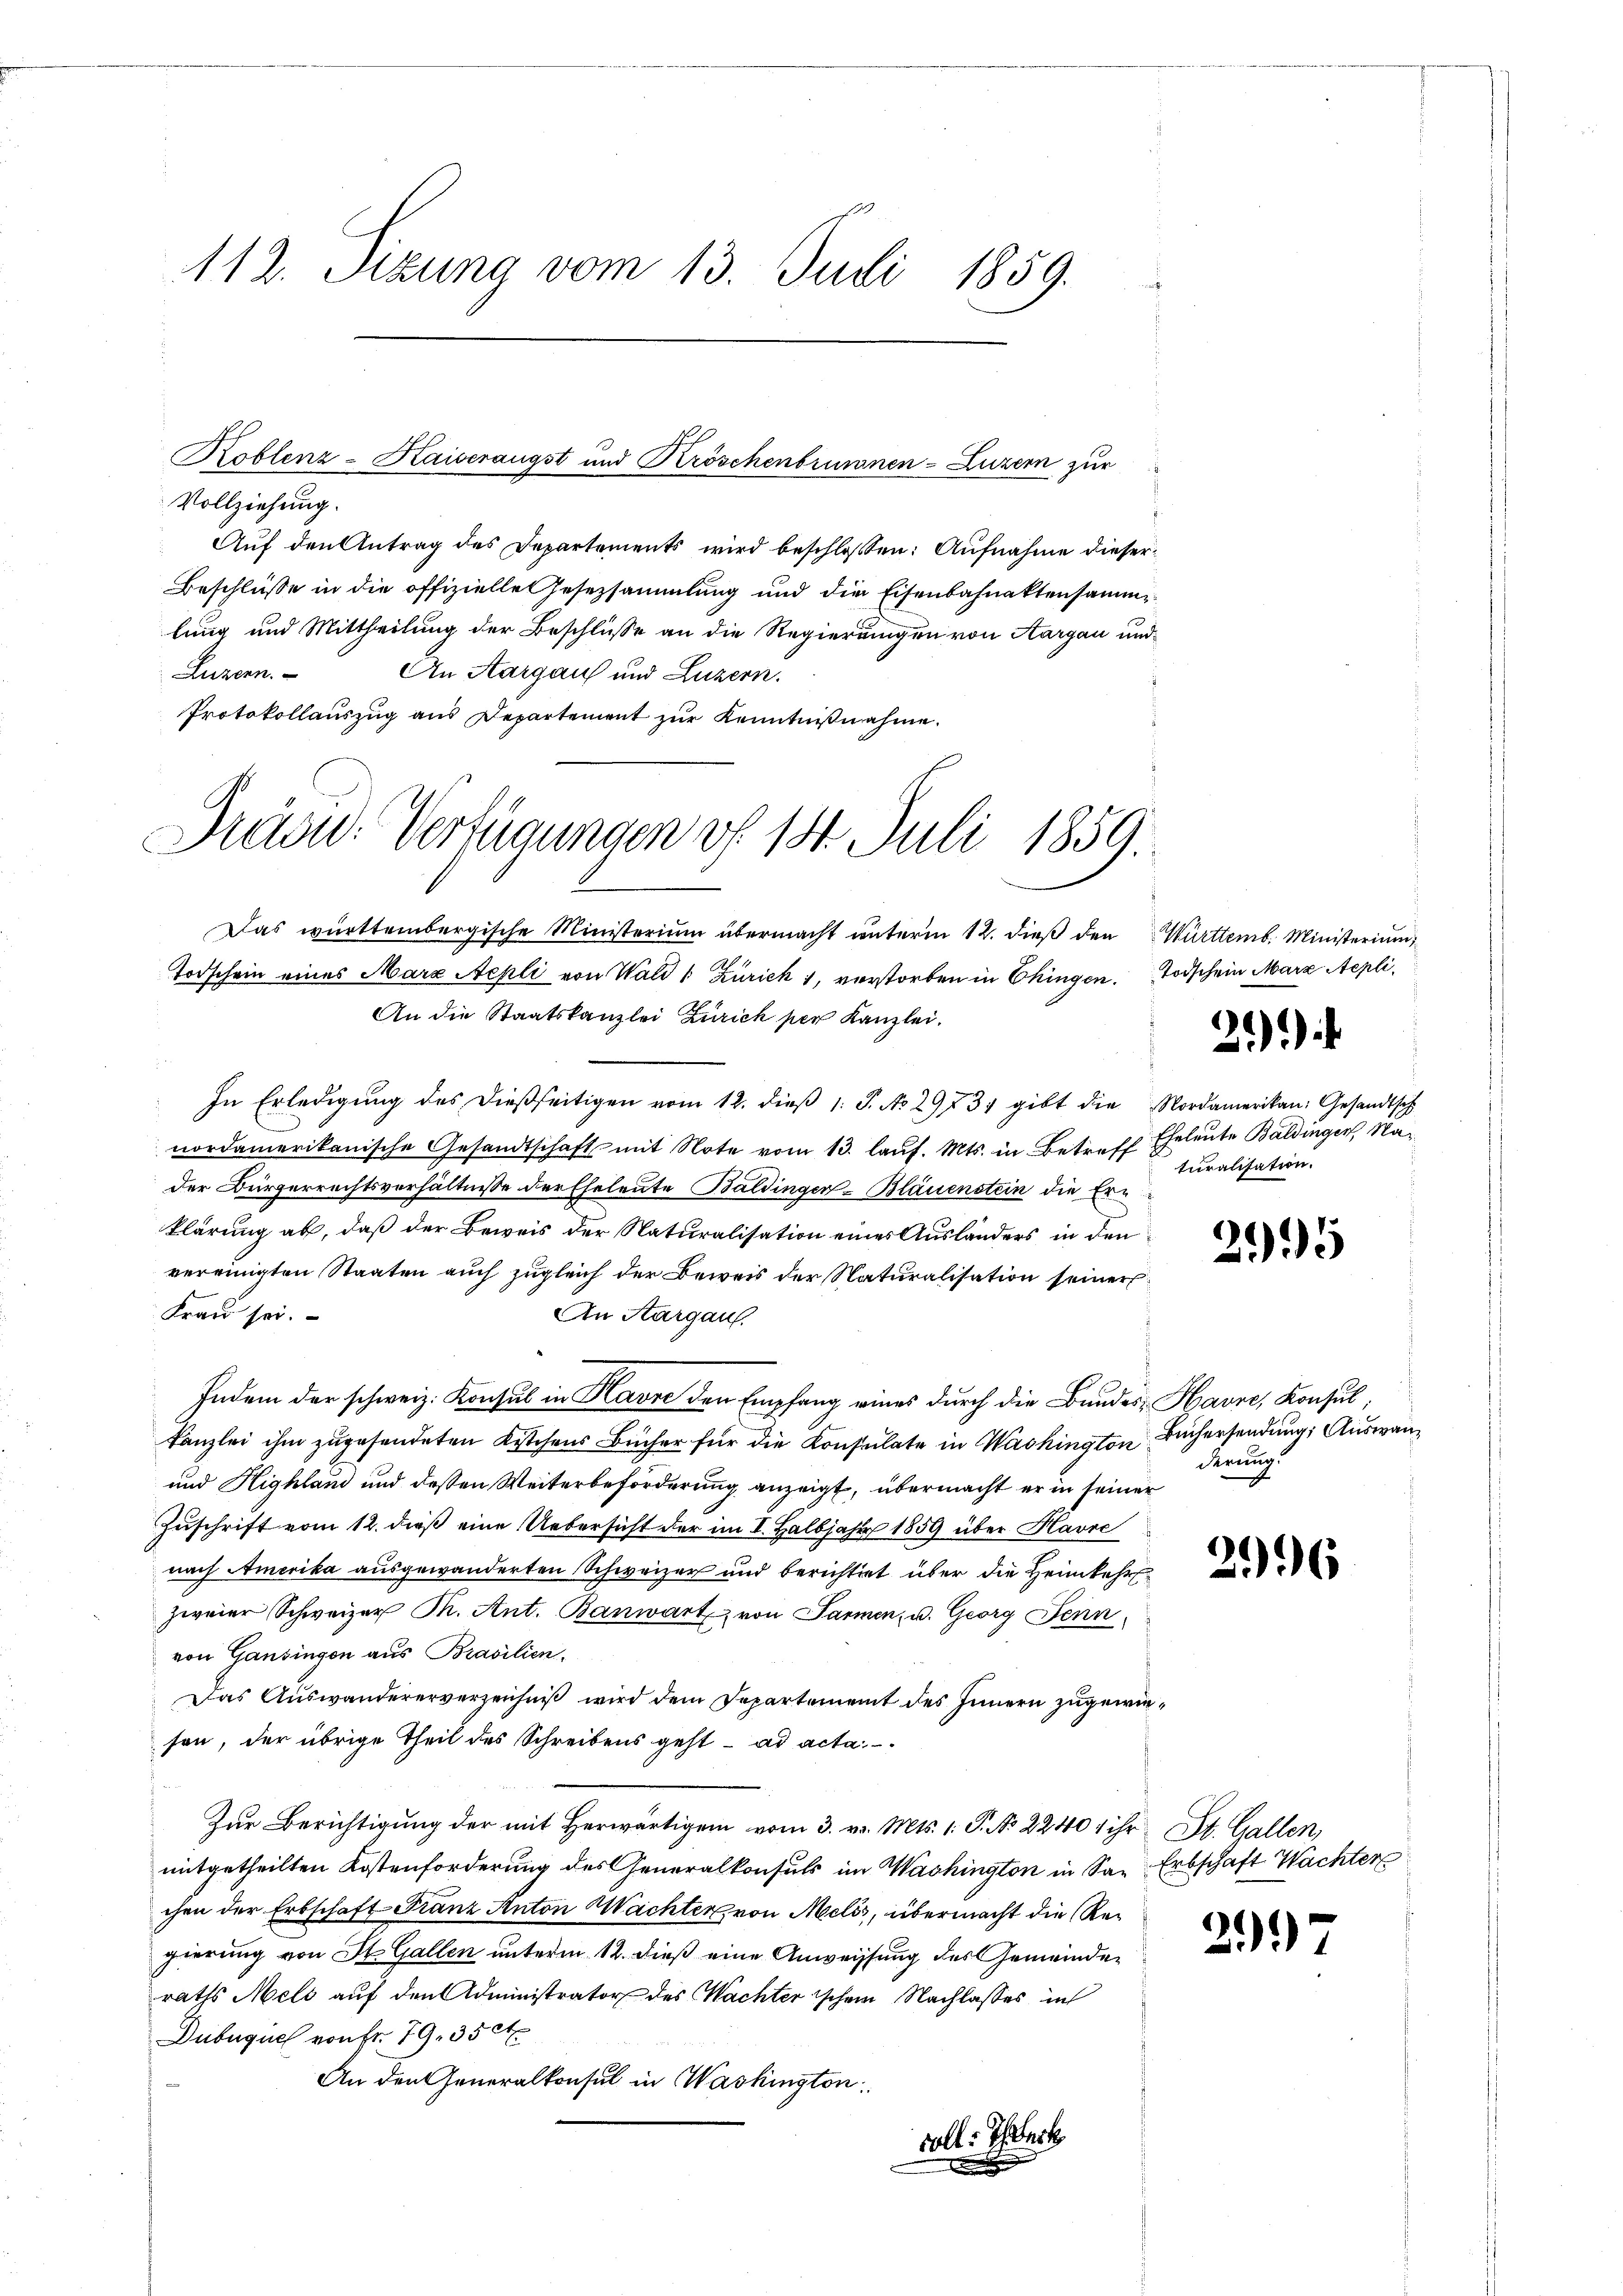
112. Sizung vom 13. Juli 1859.

Vollziehung.
Auf den Antrag des Departements wird beschlossen: Aufnahme dieser¬
Beschlüsse in die offizielle Gesezsammlung und die Eisenbahnaktensamme
lung und Mittheilung der Beschlüsse an die Regierungen von Aargau und
Luzern.
An Aargau und Luzern.
Protokollauszug aus Departement zur Kenntnißnahme.
Sitad: Verfügungen v. 18. Juli 1859.

Koblenz-Kaiseraugst und Kröschenbrunnen-Luzern zur

Das württembergische Ministerium übermacht unterm 12. dieß den Württemb. Ministerium,
Todschein eines Mara Achli von Wald 1 Kuriek 1, verstorben in Chingen Todschein Marz Aepli¬
An die Staatskanzlei Zürich per Kanzlei.
In Erledigŭng des dießseitigen vom 12. dieβ 1 S. No 29731 gibt die Nordamerikan: Gesandtsch
nordamerikanische Gesandtschaft mit Note vom 13. lauf. Mts. in Betreff Eheleute Baldinger, Nader Bürgerrechtsverhältnisse der Eheleute Baldinger-Bläuenstein die Ern
klärung ab, daß der Beweis der Naturalisation eines Ausländers in den
vereinigten Staaten auch zugleich der Beweis der Naturalisation seiner
Frau sei.
An Aargau.
Indem der schweiz. Konsul in Havre den Empfang eines durch die Bundes Hause, Konsul,
Kanzlei ihm zugesendeten Kistchens Bücher für die Konsulate in Washington Büchersendung, Auswan¬
und Highland und dessen Weiterbeförderung anzeigt, übermacht er in seiner
Zuschrift vom 12. dieß eine Uebersicht der im I. Halbjahr 1859 über Havre
nach Amerika ausgewanderten Schweizer und berichtigt über die Heimkehr
zweier Schweizer Th. Ant. Banwart von Parmen, u. Georg Jenn
von Gansingen aus Brasilien,
Das Auswandererverzeichniß wird dem Departement des Innern zugewieson, der übrige Theil des Schreibens geht ad acta.
Zur Berichtigung der mit Herwärtigen vom 3. v. Mts. 1. P. No 22401 ihr St. Gallen,
mitgetheilten Kostenforderung des Generalkonsuls im Washington in San Erbschaft Wachter
chen der Erbschaft Franz Anton Wachter von Melis, übermacht die Regierung von St. Gallen unterm 12. dieß eine Anweissung des Gemeinder
raths Mels auf den Administrator des Nachterischen Nachlasses in
Duburguel von Fr. 79. 350
An den Generalkonsul in Washington
coll: Ich erk

21)

turalisation.

295

derung.

2096

2.)